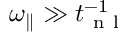
{ \omega _ { \parallel } } \gg t _ { \mathrm { ~ n ~ l ~ } } ^ { - 1 }